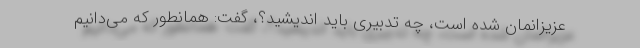
عزیزانمان شده است، چه تدبیری باید اندیشید؟، گفت: همانطور که می‌دانیم